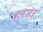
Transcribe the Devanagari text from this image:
हरहा